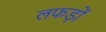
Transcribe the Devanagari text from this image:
लफड़ों